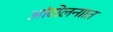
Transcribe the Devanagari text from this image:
आंदोलनाात